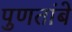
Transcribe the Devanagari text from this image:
पुणतांबे